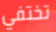
تختفي